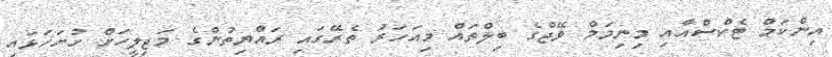
އިންކަމް ޓެކްސްއާއި މިނިމަމް ވޭޖްގެ ބިލްތައް މިއަހަރު ތެރޭގައި ރައްޔިތުންގެ މަޖިލީހަށް ހުށަހަޅައި